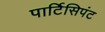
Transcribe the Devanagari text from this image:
पार्टिसिपंट